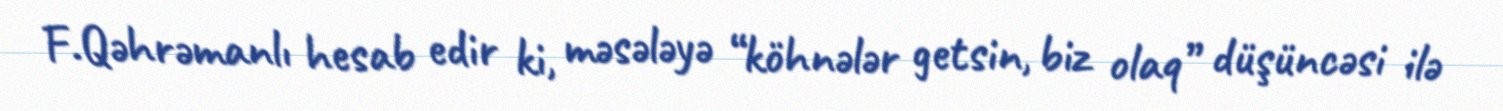
F.Qəhrəmanlı hesab edir ki, məsələyə “köhnələr getsin, biz olaq” düşüncəsi ilə